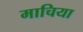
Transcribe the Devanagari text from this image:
माचिया